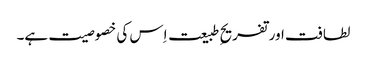
لطافت اور تفریحِ طبیعت اِس کی خصوصیت ہے۔